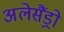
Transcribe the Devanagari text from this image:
अलेसैंड्रो